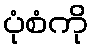
ပုံစံကို